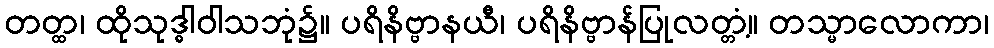
တတ္ထ၊ ထိုသုဒ္ဓါဝါသဘုံ၌။ ပရိနိဗ္ဗာနယီ၊ ပရိနိဗ္ဗာန်ပြုလတ္တံ့။ တသ္မာလောကာ၊